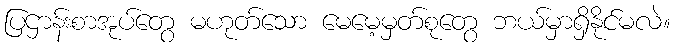
ပြဌာန်းစာအုပ်တွေ မဟုတ်သော မေမေ့မှတ်စုတွေ ဘယ်မှာရှိနိုင်မလဲ။